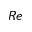
R e